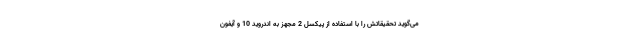
می‌گوید تحقیقاتش را با استفاده از پیکسل 2 مجهز به اندروید 10 و آیفون